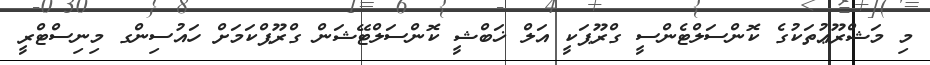
މި މަޝްރޫޢުތަކުގެ ކޮންސަލްޓެންސީ ގްރޫޕަކީ އަލް ޚަބްޝީ ކޮންސަލްޓޭޝަން ގްރޫޕްކަމަށް ހައުސިންގ މިނިސްޓްރީ